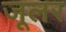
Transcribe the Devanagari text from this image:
जूलर